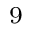
^ { 9 }